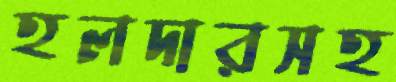
হলদারসহ